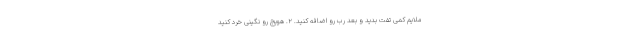
ملایم کمی تفت بدید و بعد رب رو اضافه کنید. ۲. هویج رو نگینی خرد کنید